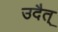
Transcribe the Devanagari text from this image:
उदैत्